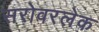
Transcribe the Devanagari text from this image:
सरोवरलेक